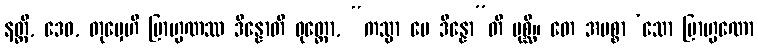
နတ္ထိ, ဒေဝ, တုမှေဟိ ဗြာဟ္မဏဿ ဒိန္နောတိ ဝုတ္တော, “ကသ္မာ မေ ဒိန္နော”တိ ပုစ္ဆိ။ တေ အမစ္စာ ‘သော ဗြာဟ္မဏော